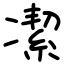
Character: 㓗